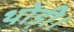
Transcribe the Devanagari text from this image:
थोड़ी।